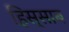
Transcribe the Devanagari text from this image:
हिस्साब